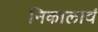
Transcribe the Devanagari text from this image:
निकालावं